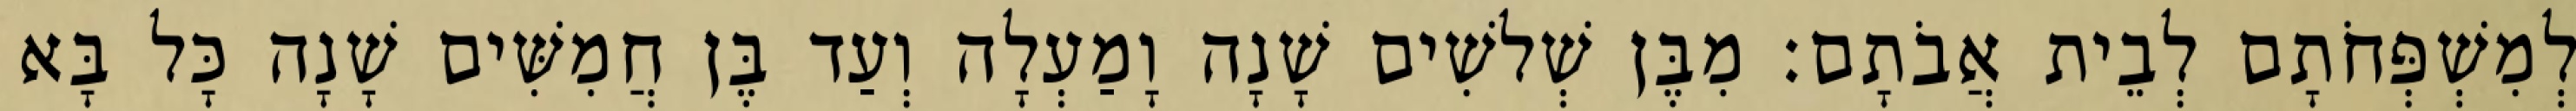
לְמִשְׁפְּחֹתָם לְבֵית אֲבֹתָם׃ מִבֶּן שְׁלשִׁים שָׁנָה וָמַעְלָה וְעַד בֶּן חֲמִשִּׁים שָׁנָה כָּל בָּא